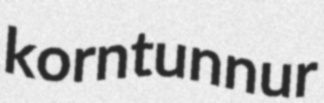
korntunnur